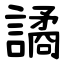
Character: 譎